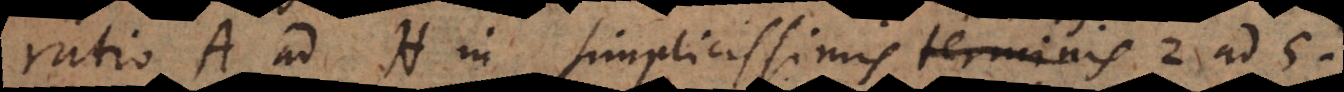
ratio A ad H in simplicissimis terminis 2 ad 5.